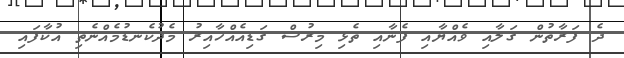
ދެ ފަރާތުން ގަލާއި ވެއްޔާއި ފެނާއި ތެޅި މިރުސް ގަޑިއެއްހާއިރު މެދުކެނޑުމެއްނެތި އުކާފައި